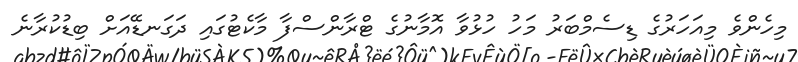
މިހެންވެ މިއަހަރުގެ ޑިސެމްބަރު މަހު ހުޅުވާ އޮމާނުގެ ޓްރާންސްފާ މާކެޓުގައި ދަގަނޑޭއަށް ބިޑުކުރާނެ